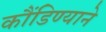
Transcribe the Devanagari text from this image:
कौंडिण्याने